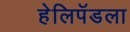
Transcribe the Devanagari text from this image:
हेलिपॅडला